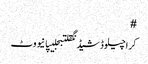
#
کراچیلوڈشیڈنگقلتبجلیپانیووٹ